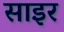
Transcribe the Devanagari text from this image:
साइर